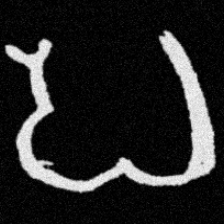
Pyu character \u2014 Myanmar letter: ပ (romanized: pa)